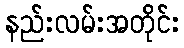
နည်းလမ်းအတိုင်း